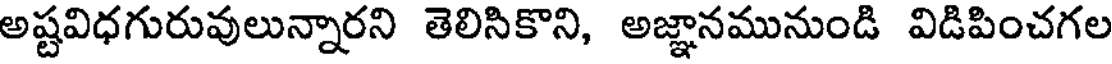
అష్టవిధగురువులున్నారని తెలిసికొని, అజ్ఞానమునుండి విడిపించగల